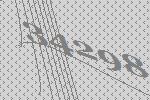
34298